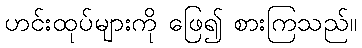
ဟင်းထုပ်များကို ဖြေ၍ စားကြသည်။